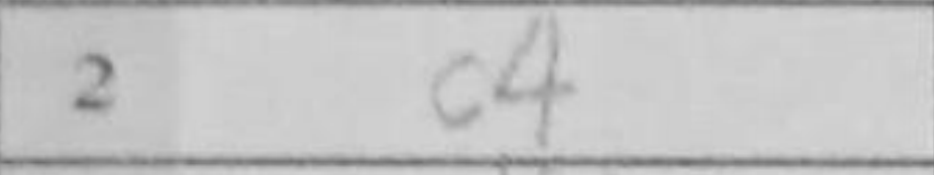
Transcription: c4